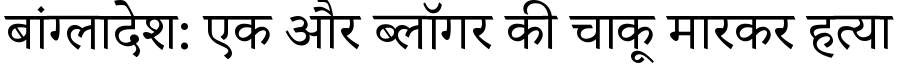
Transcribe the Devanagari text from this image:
बांग्लादेश: एक और ब्लॉगर की चाकू मारकर हत्या